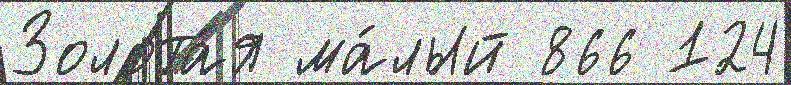
Золота́я ма́лый 866 124